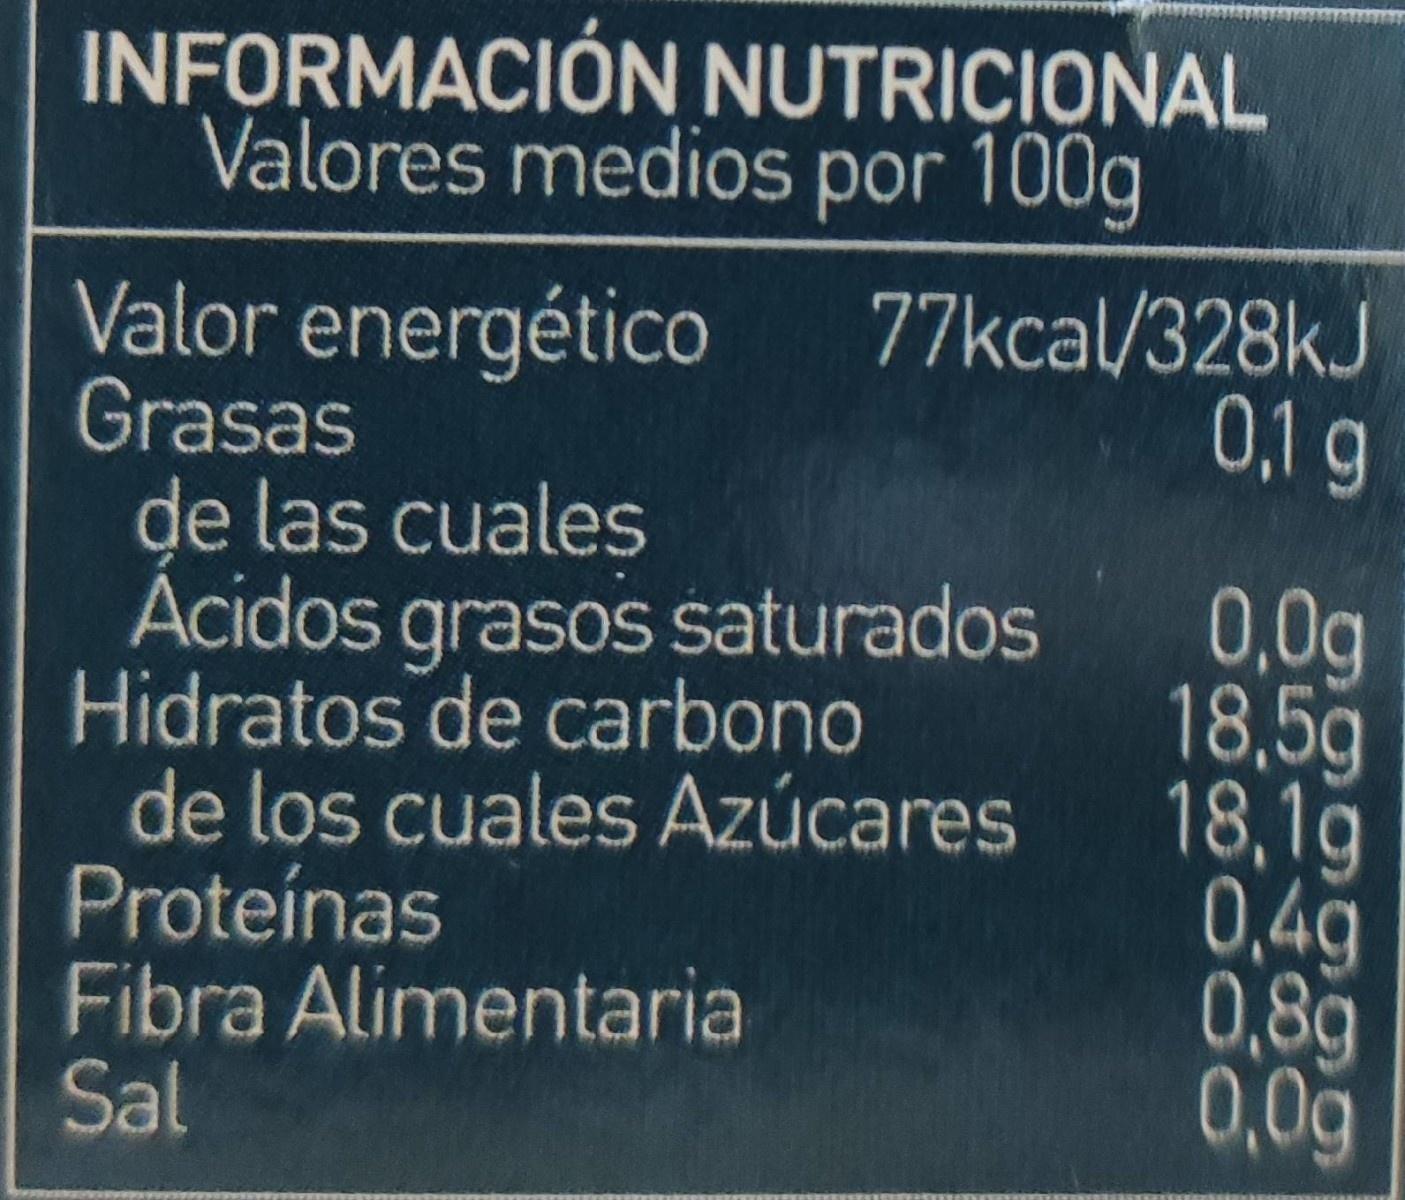
INFORMACIÓN NUTRICIONAL Valores medios por 100g
77kcal/328kJ 0,1g
Valor energético Grasas de las cuales Acidos grasos saturados Hidratos de carbono de los cuales Azúcares Proteinas Fibra Alimentaria Sal
0,0g 18,5g 18,1g 0,4g 0,8g 0,0g